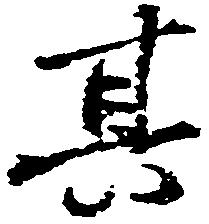
其